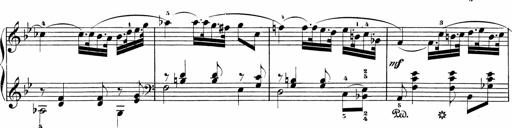
Title: Sonatinen Op.47, 98 und 136, nebst 6 Liedersonatinen
Composer: Carl Reinecke